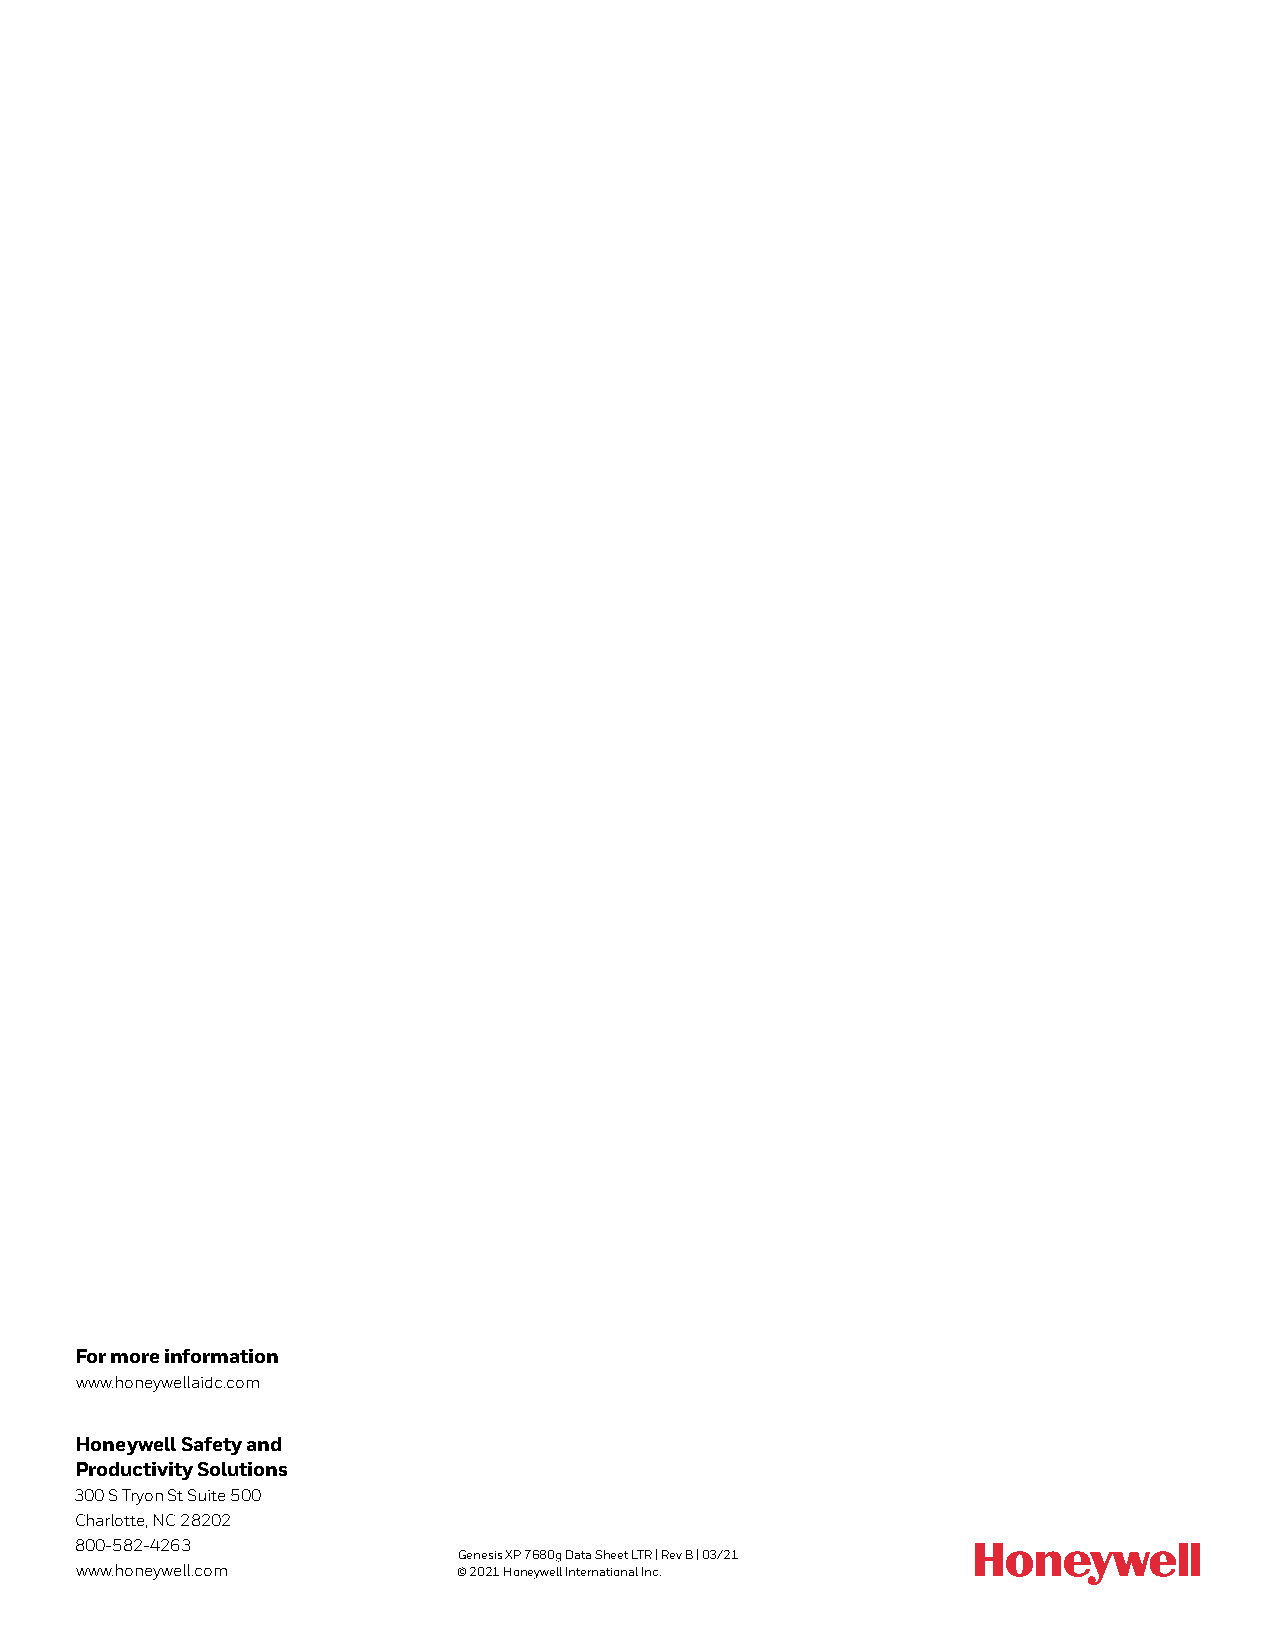
For more information
 www.honeywellaidc.com
 Honeywell Safety and
 Productivity Solutions
 300 S Tryon St Suite 500
 Charlotte, NC 28202
 800-582-4263
 Genesis XP 7680g Data Sheet LTR | Rev B | 03/21
 www.honeywell.com        © 2021 Honeywell International Inc.